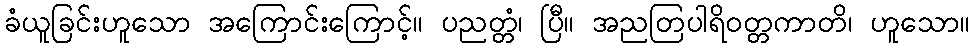
ခံယူခြင်းဟူသော အကြောင်းကြောင့်။ ပညတ္တံ၊ ပြီ။ အညတြပါရိဝတ္တကာတိ၊ ဟူသော။